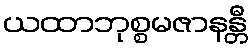
ယထာဘုစ္စမဇာနန္တီ